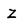
Character: Z